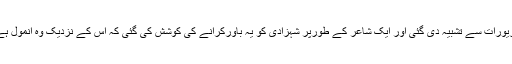
اس نظم میں شیخہ خلیفہ کو قیمتی زیورات سے تشبیہ دی گئی اور ایک شاعر کے طورپر شہزادی کو یہ باورکرانے کی کوشش کی گئی کہ اس کے نزدیک وہ انمول ہے اور بس وہی اس کا سب کچھ ہے